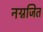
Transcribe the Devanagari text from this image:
नग्नजित